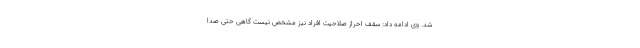
شد. وی ادامه داد: سقف احراز صلاحیت افراد نیز مشخص نیست گاهی حتی صدا